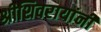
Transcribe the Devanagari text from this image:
श्रीशिवरायांनी